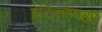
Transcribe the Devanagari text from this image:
ईटिकोप्पक्का